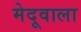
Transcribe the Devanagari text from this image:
मेदूवाला